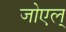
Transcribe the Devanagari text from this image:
जोएल्‌